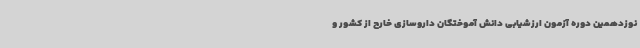
نوزدهمین دوره آزمون ارزشیابی دانش آموختگان داروسازی خارج از کشور و